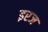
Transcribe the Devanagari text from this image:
इरज